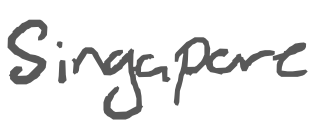
Text: Singapore
Cross-out: clean
Writing tool: digital_gray